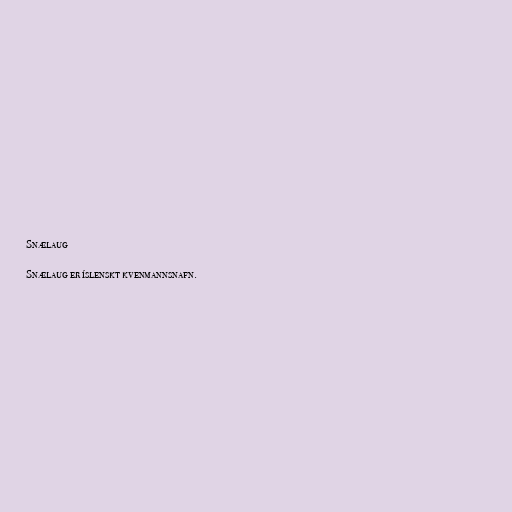
Snælaug

Snælaug er íslenskt kvenmannsnafn.